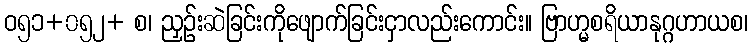
ဝ၅၁+၀၅၂+ စ၊ ညှဉ်းဆဲခြင်းကိုဖျောက်ခြင်းငှာလည်းကောင်း။ ဗြာဟ္မစရိယာနုဂ္ဂဟာယစ၊